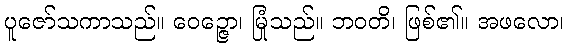
ပူဇော်သကာသည်။ ဝေဉ္ဇော၊ မြုံသည်။ ဘဝတိ၊ ဖြစ်၏။ အဖလော၊